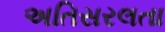
અતિસરલતા